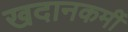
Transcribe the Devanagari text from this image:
खदानकर्मी